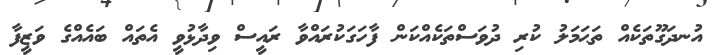
އުނދަގޫތަކެއް ތަޙަމަލު ކުރި ދުވަސްތަކެއްކަން ފާހަގަކުރައްވާ ރައީސް ވިދާޅުވީ އެތައް ބައެއްގެ ވަޒީފާ